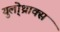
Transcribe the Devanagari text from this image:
युलो्थ्राक्स